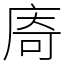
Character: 㢊